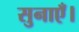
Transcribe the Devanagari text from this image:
सुनाएँ।